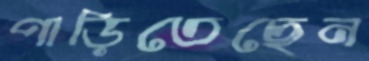
পাড়িতেছেন